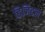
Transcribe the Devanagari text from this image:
डिजिटल